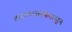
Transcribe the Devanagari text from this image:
तारुण्यावस्थेपासून